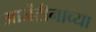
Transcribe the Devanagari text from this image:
आर्जेंटीनाच्या